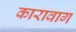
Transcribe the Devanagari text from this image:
कारावाग